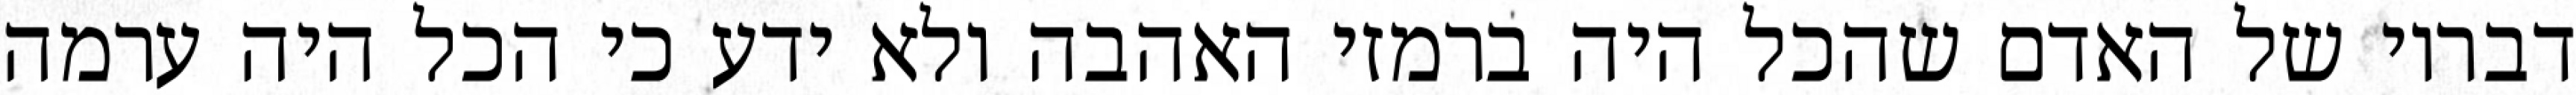
דבריו של האדם שהכל היה ברמזי האהבה ולא ידע כי הכל היה ערמה